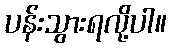
ပန်းသွားရလို့ပါ။